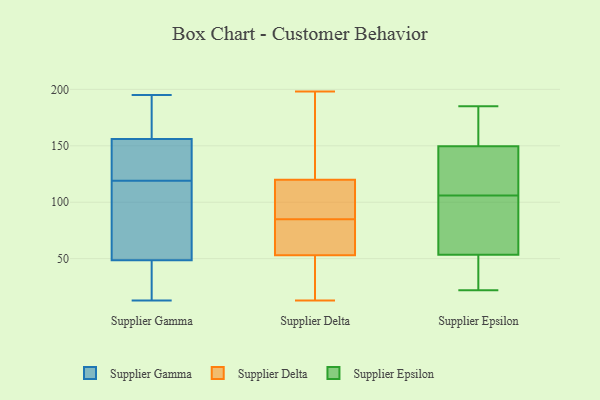
{"axis": {"x": "Market Share (%)", "y": "Value"}, "legend": ["Supplier Delta", "Supplier Epsilon", "Supplier Gamma"], "data": [{"x": "", "y": 120, "type": "Supplier Gamma"}, {"x": "", "y": 46, "type": "Supplier Gamma"}, {"x": "", "y": 31, "type": "Supplier Gamma"}, {"x": "", "y": 195, "type": "Supplier Gamma"}, {"x": "", "y": 68, "type": "Supplier Gamma"}, {"x": "", "y": 143, "type": "Supplier Gamma"}, {"x": "", "y": 77, "type": "Supplier Gamma"}, {"x": "", "y": 119, "type": "Supplier Gamma"}, {"x": "", "y": 51, "type": "Supplier Gamma"}, {"x": "", "y": 190, "type": "Supplier Gamma"}, {"x": "", "y": 107, "type": "Supplier Gamma"}, {"x": "", "y": 46, "type": "Supplier Gamma"}, {"x": "", "y": 186, "type": "Supplier Gamma"}, {"x": "", "y": 149, "type": "Supplier Gamma"}, {"x": "", "y": 185, "type": "Supplier Gamma"}, {"x": "", "y": 30, "type": "Supplier Gamma"}, {"x": "", "y": 13, "type": "Supplier Gamma"}, {"x": "", "y": 163, "type": "Supplier Gamma"}, {"x": "", "y": 119, "type": "Supplier Gamma"}, {"x": "", "y": 129, "type": "Supplier Gamma"}, {"x": "", "y": 60, "type": "Supplier Delta"}, {"x": "", "y": 186, "type": "Supplier Delta"}, {"x": "", "y": 59, "type": "Supplier Delta"}, {"x": "", "y": 198, "type": "Supplier Delta"}, {"x": "", "y": 34, "type": "Supplier Delta"}, {"x": "", "y": 77, "type": "Supplier Delta"}, {"x": "", "y": 120, "type": "Supplier Delta"}, {"x": "", "y": 53, "type": "Supplier Delta"}, {"x": "", "y": 106, "type": "Supplier Delta"}, {"x": "", "y": 57, "type": "Supplier Delta"}, {"x": "", "y": 138, "type": "Supplier Delta"}, {"x": "", "y": 100, "type": "Supplier Delta"}, {"x": "", "y": 29, "type": "Supplier Delta"}, {"x": "", "y": 101, "type": "Supplier Delta"}, {"x": "", "y": 18, "type": "Supplier Delta"}, {"x": "", "y": 13, "type": "Supplier Delta"}, {"x": "", "y": 174, "type": "Supplier Delta"}, {"x": "", "y": 93, "type": "Supplier Delta"}, {"x": "", "y": 61, "type": "Supplier Epsilon"}, {"x": "", "y": 185, "type": "Supplier Epsilon"}, {"x": "", "y": 148, "type": "Supplier Epsilon"}, {"x": "", "y": 171, "type": "Supplier Epsilon"}, {"x": "", "y": 29, "type": "Supplier Epsilon"}, {"x": "", "y": 22, "type": "Supplier Epsilon"}, {"x": "", "y": 120, "type": "Supplier Epsilon"}, {"x": "", "y": 30, "type": "Supplier Epsilon"}, {"x": "", "y": 106, "type": "Supplier Epsilon"}, {"x": "", "y": 78, "type": "Supplier Epsilon"}, {"x": "", "y": 150, "type": "Supplier Epsilon"}, {"x": "", "y": 129, "type": "Supplier Epsilon"}, {"x": "", "y": 152, "type": "Supplier Epsilon"}, {"x": "", "y": 99, "type": "Supplier Epsilon"}, {"x": "", "y": 51, "type": "Supplier Epsilon"}]}